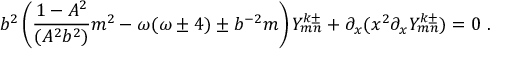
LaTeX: b ^ { 2 } \left( \frac { 1 - A ^ { 2 } } { ( A ^ { 2 } b ^ { 2 } ) } m ^ { 2 } - \omega ( \omega \pm 4 ) \pm b ^ { - 2 } m \right) Y _ { m n } ^ { k \pm } + \partial _ { x } ( x ^ { 2 } \partial _ { x } Y _ { m n } ^ { k \pm } ) = 0 \ .